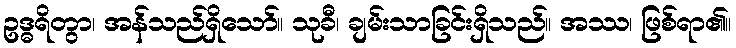
ဥဒ္ဓရိတွာ၊ အန်သည်ရှိသော်။ သုခီ၊ ချမ်းသာခြင်းရှိသည်။ အဿ၊ ဖြစ်ရာ၏။